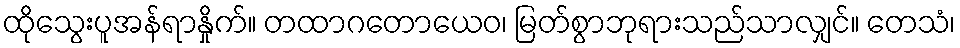
ထိုသွေးပူအန်ရာနှိုက်။ တထာဂတောယေဝ၊ မြတ်စွာဘုရားသည်သာလျှင်။ တေသံ၊